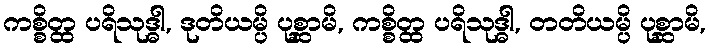
ကစ္စိတ္ထ ပရိသုဒ္ဓါ, ဒုတိယမ္ပိ ပုစ္ဆာမိ, ကစ္စိတ္ထ ပရိသုဒ္ဓါ, တတိယမ္ပိ ပုစ္ဆာမိ,